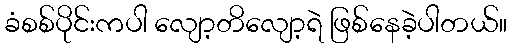
ခံစစ်ပိုင်းကပါ လျော့တိလျော့ရဲ ဖြစ်နေခဲ့ပါတယ်။